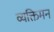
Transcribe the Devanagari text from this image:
व्यक्तिमन